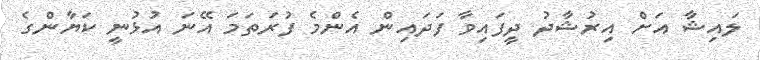
ލައިޝާ އަށް އިރުޝާދު ދީފައިވާ ފަދައިން އެންމެ ފުރަތަމަ އޭނަ އުޅުނީ ކަޔާންގެ